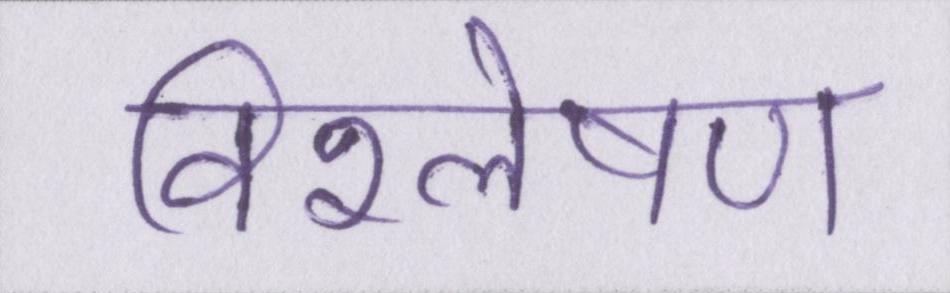
विश्लेषण